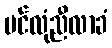
ပင်လုံညီလာခံ